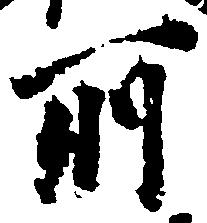
所